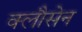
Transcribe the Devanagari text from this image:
क्लौसेन